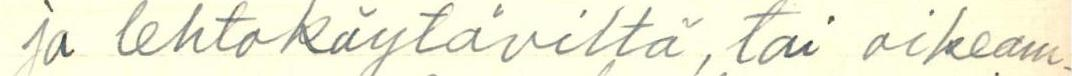
ja lehtokäytäviltä, tai oikeam-